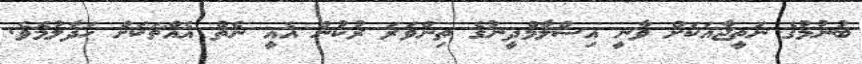
ބުނުމުގެ ނަތީޖާއަކަށް ވާނީ އިސްލާމްދީނުގެ ތިންވަރަ ރުކުން އެއީ ނެތް އެއްޗަކަށް ހަދާލުމެވެ.